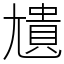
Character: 尵